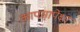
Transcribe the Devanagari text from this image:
कापसापेक्षा